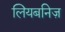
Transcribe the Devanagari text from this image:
लियबनिज़